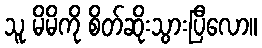
သူ မိမိကို စိတ်ဆိုးသွားပြီလော။